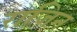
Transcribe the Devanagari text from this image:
राजिन